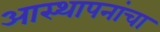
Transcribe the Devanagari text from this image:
आस्थापनांचा